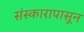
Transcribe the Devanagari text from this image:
संस्कारापासून